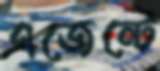
এজেন্টে